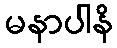
မနာပါနိ